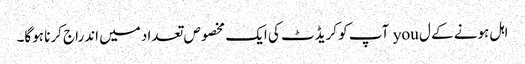
اہل ہونے کے ل you آپ کو کریڈٹ کی ایک مخصوص تعداد میں اندراج کرنا ہوگا۔